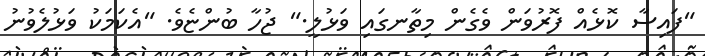
"ފައިސާ ކޮޅެއް ފޮރުވަން ވެގެން މިތާނގައި ވަޅުލީ." ޖުހާ ބުންޏެވެ. "އެކަމަކު ވަޅުލެވުނު